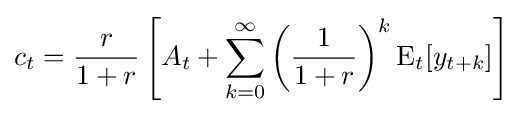
c_{t}={\frac {r}{1+r}}\left[A_{t}+\sum _{k=0}^{\infty }\left({\frac {1}{1+r}}\right)^{k}\operatorname {E} _{t}[y_{t+k}]\right]